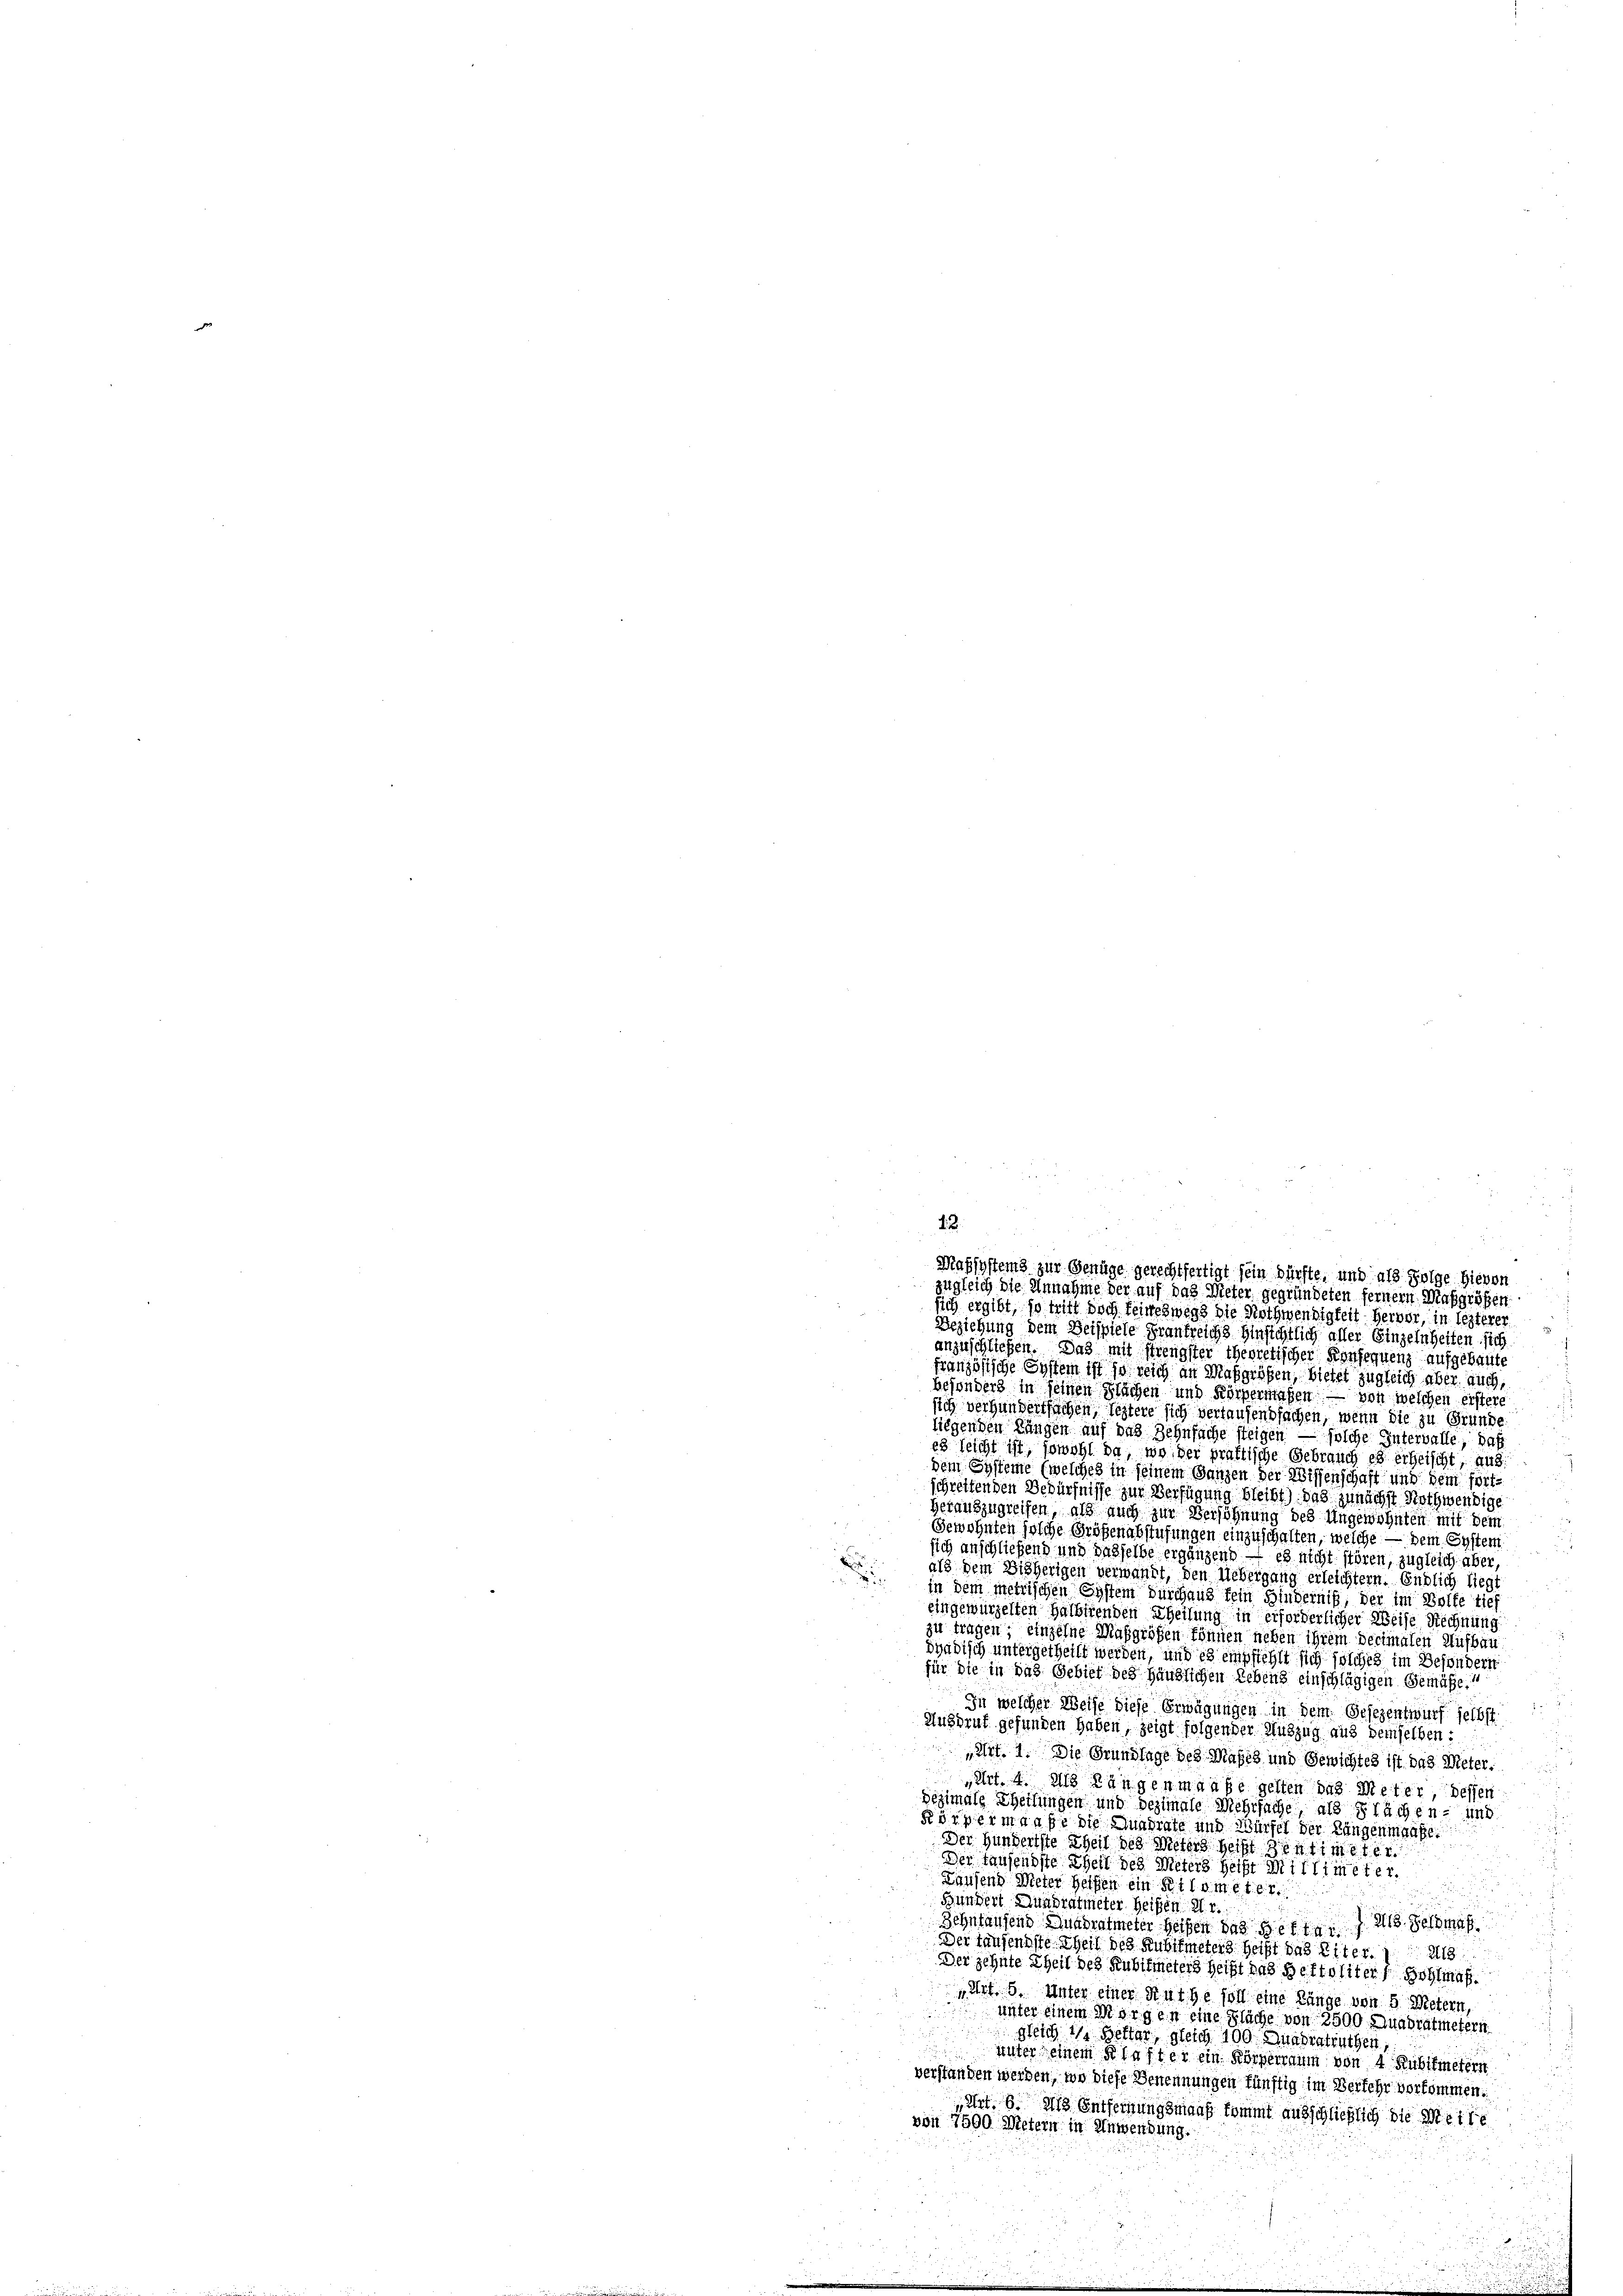
1

2
Mahsystems zur Genüge gerechtfertigt sein dürfte, und als Folge hievon
zugleich die Annahme der auf das Mieter gegründeten fernem Maßgrößen
sich ergibt, so tritt doch keineswegs die Nothwendigkeit hervor, in lezterer

Beziehung dem Beispiele Frankreichs Hinsichtlich aller Einzelnheiten, sich
anzuschließen. Das mit strengster theoretischer Konsequenz aufgebaute
Französische System ist so reich an Maßgrößen, bietet zugleich aber auch,
besonders in seinen Flächen und Körpermaßen — von welchen erstere
sich verhandertfachen, leztere sich vertausendfachen, wenn die zu Gründe
liegenden Längen auf das Zehnfache steigen — solche Intervalle, daß
es leicht ist, sowohl da, wo der praktische Gebrauch es erheischt, aus
dem Systeme (welches in seinem Ganzen der Wissenschaft und dem fortschreifenden Bedürfnisse zur Verfügung bleibt) das zunächst Nothwendige
herauszugreifen, als auch zur Versöhnung des Ungewohnten mit dem
Gewohnten solche Größenabstufungen einzuschalten, welche — dem System
sich anschließend und dasselbe ergänzend – es nicht stören, zugleich aber,
als dem Bisherigen verwandt, den Uebergang erleichtern. Endlich liegt
in dem metrischen System durchaus fein Hinderniß, der im Volke tief
eingewürzelten Halbirenden Theilung in erforderlicher Weise Rechnung.
zu tragen, einzelne Maßgrößen können neben ihrem Decimalen Aufbau
dyädisch untergetheilt werden, und es empfiehlt sich solches im Besondern
für die in das Gebiet des Häuslichen Lebens einschlägigen Gemäße“
In welcher Weise diese Erwägungen in dem Gesezentwurf selbst
Ausdruf gefunden haben, zeigt folgender Auszug aus demselben :
„Art. 1. Die Grundlage des Maßes und Gewichtes ist das Meter:
Art. 4 die Längen maaße gelten das Meter, dessen
bezimals Theilungen und bezimale Mehrfache, als Flächen- und
Körpermaaße die Mundiate und Würfel der Lungenmaaße
Der Hundersste Theil des Meters heißt dientimeter
Der tausendste Theil des Meters beist Mittimeter.
Laufend Meter helfen ein Kilometer
Bundert Quadratmeter Heisen Hr.
218. Feldmag
Zehntausend Quadratmeter Heisen. Das Bettar
Der Tausendste Theil des Kubikmeters heißt das Eiter. 1. 218
Der zehnte Theil des Kubitmeters heißt das Bettoliter Hohlman
„Art. 6. Unter einer Rathe soll eine Länge von 5 Metern,
unter einem Morgen eine Fläche von 2500 Quadratmetern
gleich 11. Bettar, gleich 100 Quadratrathen
unter einem Klafter ein Körperraum von 4 Kubikmetern
verstanden werden, wo diese Benennungen fünftig im Versehr vorkommen.
„Art. 6. Als Entfernungsmaaß kommt ausschließlich die Mette
von 7500 Metern in Anwendung.